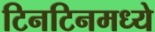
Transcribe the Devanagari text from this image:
टिनटिनमध्ये